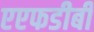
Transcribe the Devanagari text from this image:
एएफडीबी